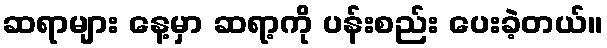
ဆရာများ နေ့မှာ ဆရာ့ကို ပန်းစည်း ပေးခဲ့တယ်။